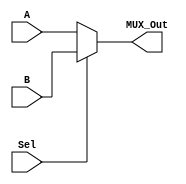
module Multiplexer_2_to_1(MUX_Out,A,B,Sel);
	input A,B,Sel;
	output MUX_Out;
	assign MUX_Out = Sel?B:A;
endmodule